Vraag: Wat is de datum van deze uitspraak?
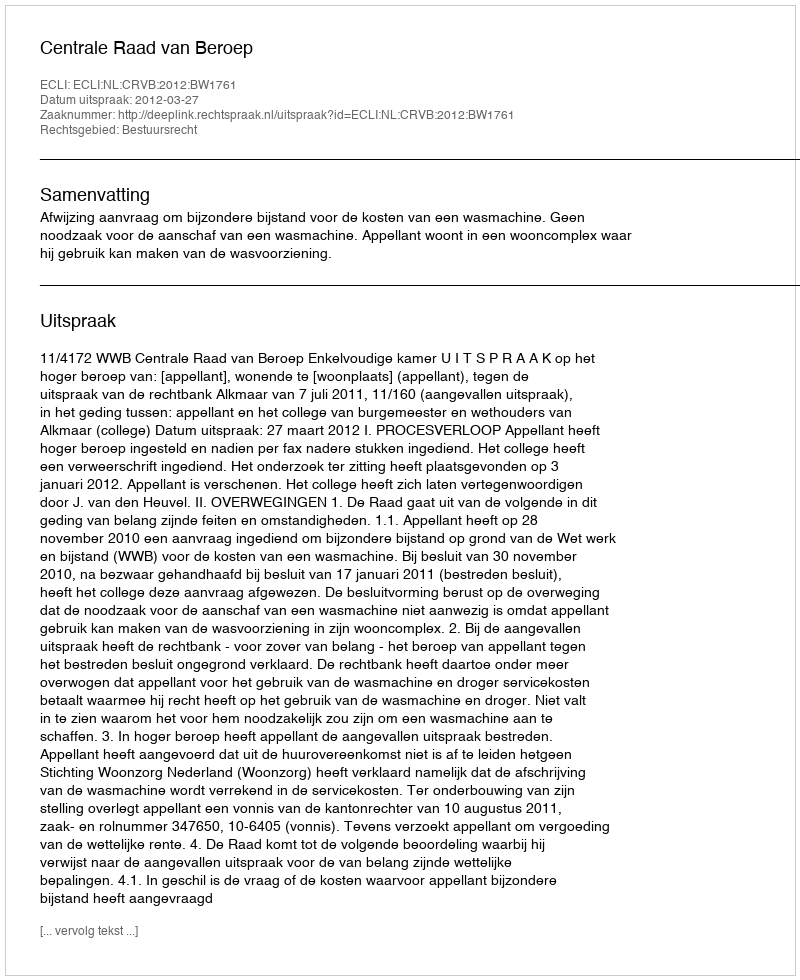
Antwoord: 2012-03-27